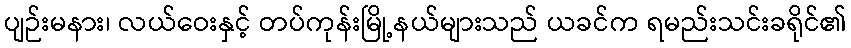
ပျဉ်းမနား၊ လယ်ဝေးနှင့် တပ်ကုန်းမြို့နယ်များသည် ယခင်က ရမည်းသင်းခရိုင်၏